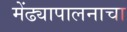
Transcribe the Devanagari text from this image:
मेंढ्यापालनाचा